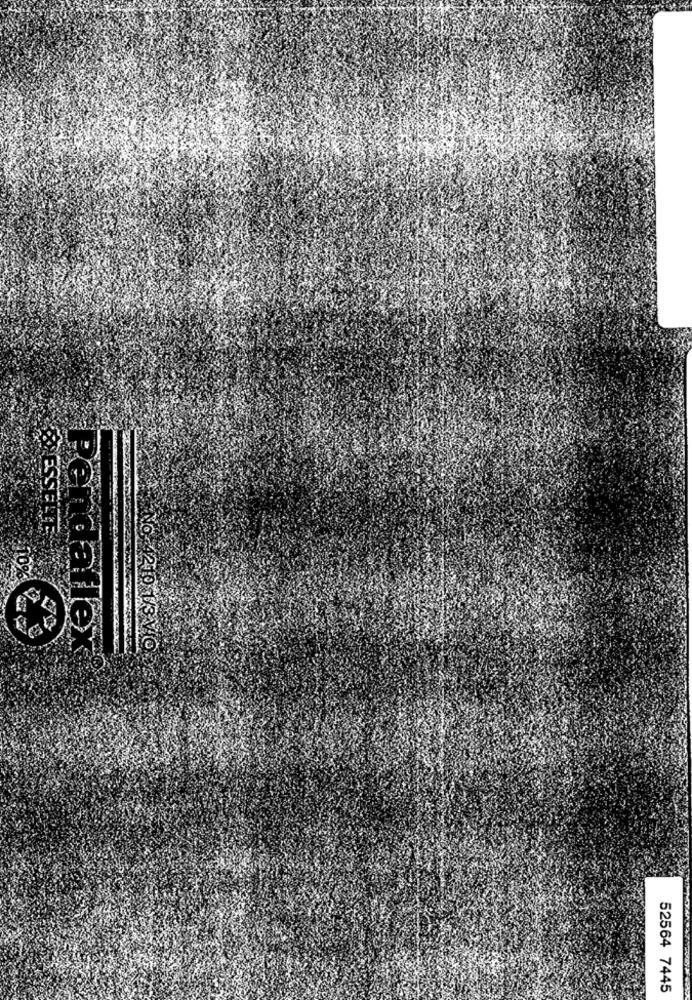
ESSELTE
Pendaflex
0-4219 13 VIO
52564 7445